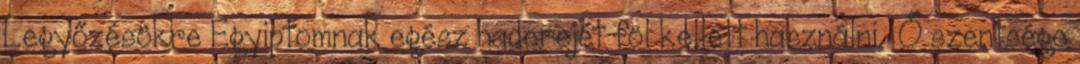
Legyőzésökre Egyiptomnak egész haderejét föl kellett használni. «Ő szentsége